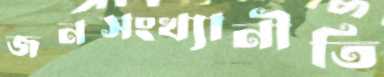
জনসংখ্যানীতি